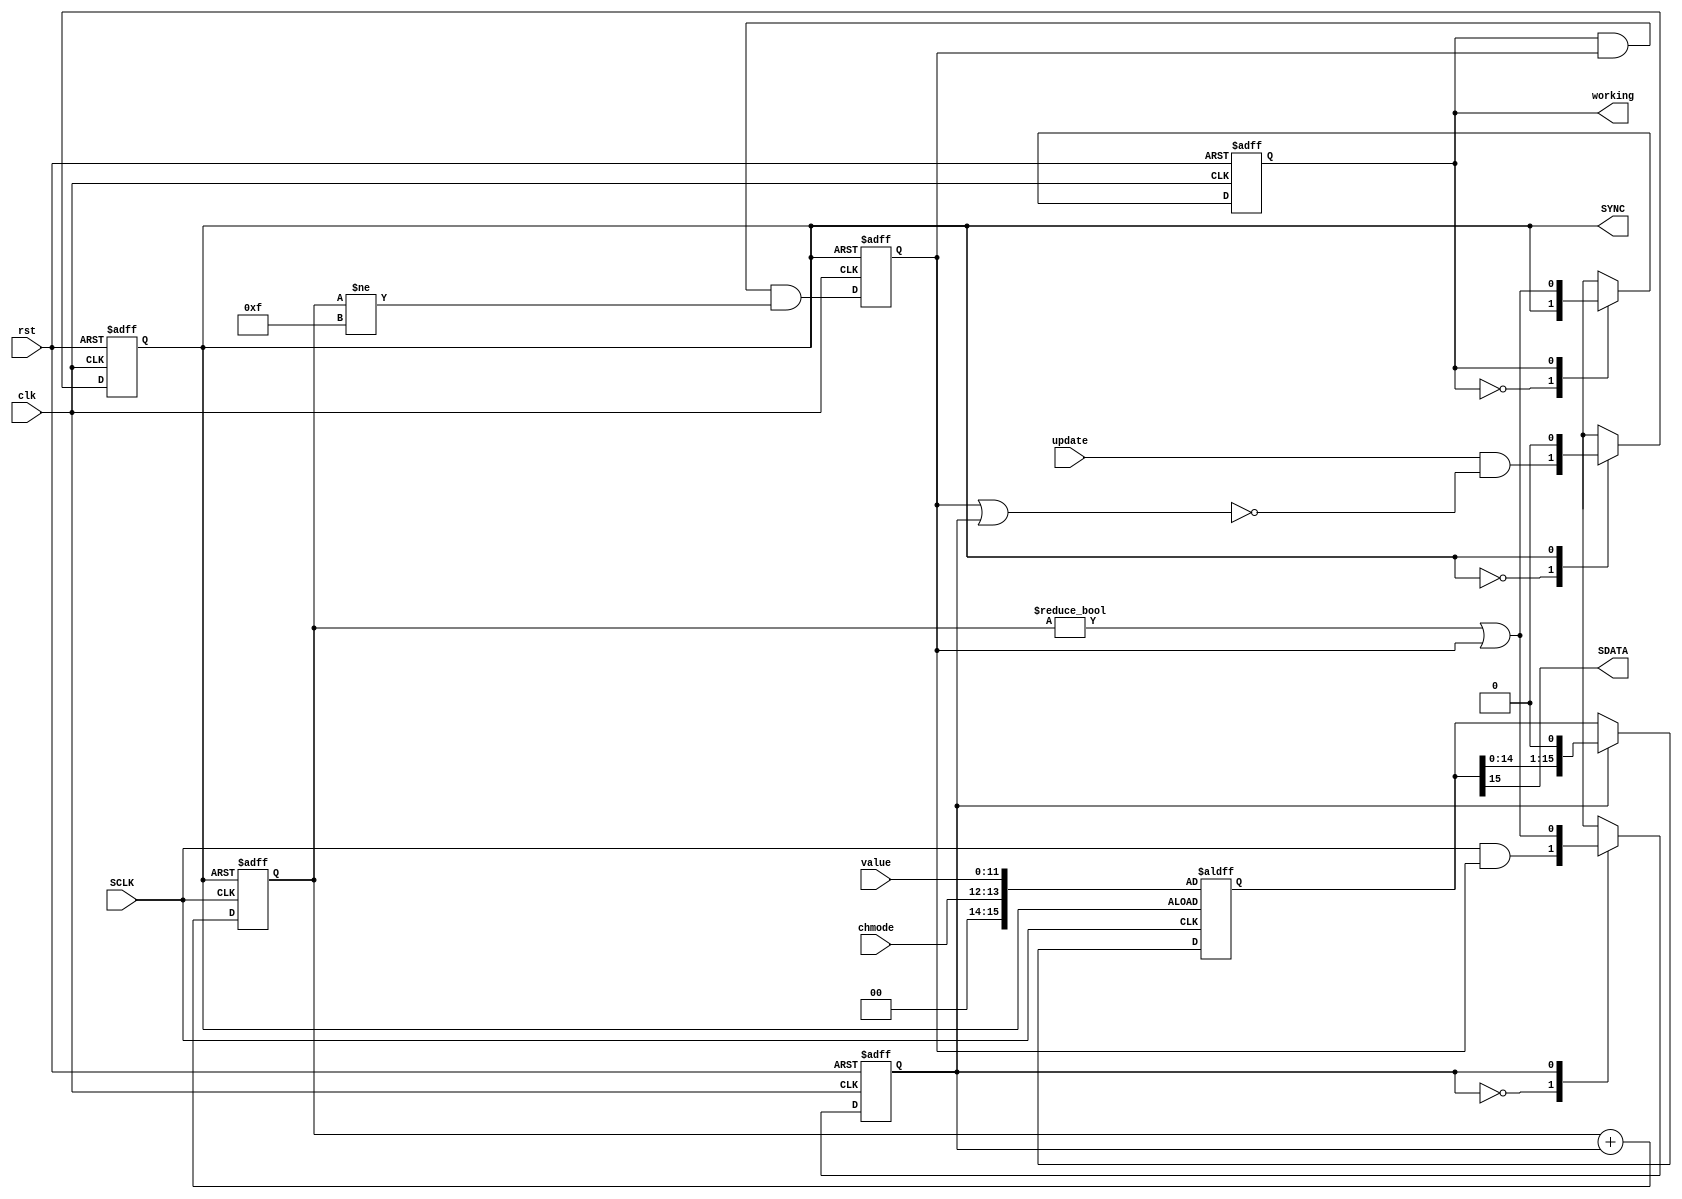
/* ------------------------------------------------ *
 * Title       : Pmod DA2 interface v1.2            *
 * Project     : Pmod DA2 interface                 *
 * ------------------------------------------------ *
 * Last Edit   : 27/05/2021                         *
 * Licence     : CERN-OHL-W                         *
 * ------------------------------------------------ *
 * Description : Simple interfaces to communicate   *
 *               with Pmod DA2                      *
 * ------------------------------------------------ *
 * Revisions                                        *
 *     v1      : Inital version                     *
 *     v1.1    : Module to generate update signal   *
 *               automatically with a change in     *
 *               value added                        *
 *     v1.2    : Module to use an external clock    *
 *               source and rename SCLK_en to       *
 *               working                            *
 * ------------------------------------------------ */

module da2(
  input clk,
  input rst,
  //Serial data line
  input SCLK,
  output SDATA,
  output reg SYNC,
  //Enable clock
  output reg working,
  //Output value and mode
  input [1:0] chmode,
  //Channel modes: 00 Enabled, Power off modes: 01 1kOhm, 10 100kOhm, 11 High-Z 
  input [11:0] value,
  //Control signals
  input update);
  reg count;
  reg contCount;
  reg [3:0] counter; //Count edges
  wire [15:0] SDATAbuff_cont;
  reg [15:0] SDATAbuff;

  //Handle SDATA buffer
  assign SDATAbuff_cont = {2'd0, chmode, value};
  assign SDATA = SDATAbuff[15];
  always@(posedge SCLK or posedge SYNC) begin
    if(SYNC) begin
      SDATAbuff <= SDATAbuff_cont;
    end else begin
      SDATAbuff <= (count) ? {SDATAbuff[14:0], 1'b0} : SDATAbuff;
    end
  end

  //count
  always@(posedge clk or posedge rst) begin
    if(rst) begin
      count <= 1'b0;
    end else case(count)
      1'b0: count <= SCLK & contCount;
      1'b1: count <= (counter != 4'd0) | contCount;
    endcase
  end
  
  //contCount
  always@(posedge clk or posedge SYNC) begin
    if(SYNC) begin
      contCount <= 1'b1;
    end else begin
      contCount <= working & contCount & (counter != 4'd15);
    end
  end
  
  //working
  always@(posedge clk or posedge rst) begin
    if(rst) begin
      working <= 1'b0;
    end else case(working)
      1'b0: working <= SYNC;
      1'b1: working <= (counter != 4'd0) | contCount;
    endcase
  end
  
  //SYNC
  always@(posedge clk or posedge rst) begin
    if(rst) begin
      SYNC <= 1'b0;
    end else case(SYNC)
      1'b0: SYNC <= update & ~(contCount | count);
      1'b1: SYNC <= 1'b0;
    endcase
  end
  
  //Count SCLK
  always@(negedge SCLK or posedge SYNC) begin
    if(SYNC) begin
      counter <= 4'd0;
    end else begin
      counter <= counter + {3'd0, count};
    end
  end 
endmodule//da2

module da2_dual(
  input clk,
  input rst,
  //Serial data line
  input SCLK,
  output [1:0] SDATA,
  output reg SYNC,
  //Enable clock
  output reg working,
  //Output value and mode
  input [1:0] chmode0,
  input [1:0] chmode1,
  //Channel modes: 00 Enabled, Power off modes: 01 1kOhm, 10 100kOhm, 11 High-Z 
  input [11:0] value0,
  input [11:0] value1,
  //Control signals
  input update);
  reg count;
  reg contCount;
  reg [3:0] counter; //Count edges
  wire [15:0] SDATAbuff_cont0, SDATAbuff_cont1;
  reg [15:0] SDATAbuff0, SDATAbuff1;

  //Handle SDATA buffer
  assign SDATAbuff_cont0 = {2'd0, chmode0, value0};
  assign SDATAbuff_cont1 = {2'd0, chmode1, value1};
  assign SDATA = {SDATAbuff1[15], SDATAbuff0[15]};
  always@(posedge SCLK or posedge SYNC) begin
    if(SYNC) begin
      SDATAbuff0 <= SDATAbuff_cont0;
      SDATAbuff1 <= SDATAbuff_cont1;
    end else begin
      SDATAbuff0 <= (count) ? {SDATAbuff0[14:0], 1'b0} : SDATAbuff0;
      SDATAbuff1 <= (count) ? {SDATAbuff1[14:0], 1'b0} : SDATAbuff1;
    end
  end

  //count
  always@(posedge clk or posedge rst) begin
    if(rst) begin
        count <= 1'b0;
    end else case(count)
      1'b0: count <= SCLK & contCount;
      1'b1:  count <= (counter != 4'd0) | contCount;
    endcase
  end
  
  //contCount
  always@(posedge clk or posedge SYNC) begin
    if(SYNC) begin
      contCount <= 1'b1;
    end else begin
      contCount <= working & contCount & (counter != 4'd15);
    end
  end
  
  
  //working
  always@(posedge clk or posedge rst) begin
    if(rst) begin
        working <= 1'b0;
    end else case(working)
      1'b0: working <= SYNC;
      1'b1: working <= (counter != 4'd0) | contCount;
    endcase
  end
  
  //SYNC
  always@(posedge clk or posedge rst) begin
    if(rst) begin
        SYNC <= 1'b0;
    end else case(SYNC)
      1'b0: SYNC <= update & ~(contCount | count);
      1'b1: SYNC <= 1'b0;
    endcase
  end
  
  //Count SCLK
  always@(negedge SCLK or posedge SYNC) begin
    if(SYNC) begin
      counter <= 4'd0;
    end else begin
      counter <= counter + {3'd0, count};
    end
  end 
endmodule//da2

module da2AutoUpdate(
  input clk,
  input rst,
  input SYNC,
  output update,
  input [1:0] chmode,
  input [11:0] value);
  reg [1:0] chmode_reg;
  reg [11:0] value_reg;

  assign update = (chmode != chmode_reg) | (value != value_reg);

  //Store values to compare
  always@(posedge SYNC or posedge rst) begin
    if(rst) begin
      chmode_reg <= 2'd0;
      value_reg <= 12'd0;
    end else begin
      chmode_reg <= chmode;
      value_reg <= value;
    end
  end
endmodule//da2AutoUpdate

module da2AutoUpdate_dual(
  input clk,
  input rst,
  input SYNC,
  output update,
  input [1:0] chmode0,
  input [1:0] chmode1,
  input [11:0] value0,
  input [11:0] value1);
  reg [1:0] chmode_reg0, chmode_reg1;
  reg [11:0] value_reg0, value_reg1;

  assign update = (chmode0 != chmode_reg0) | (value0 != value_reg0) | (chmode1 != chmode_reg1) | (value1 != value_reg1);

  //Store values to compare
  always@(posedge SYNC or posedge rst) begin
    if(rst) begin
      chmode_reg0 <= 2'd0;
      value_reg0 <= 12'd0;
      chmode_reg1 <= 2'd0;
      value_reg1 <= 12'd0;
    end else begin
      chmode_reg0 <= chmode0;
      value_reg0 <= value0;
      chmode_reg1 <= chmode1;
      value_reg1 <= value1;
    end
  end
endmodule//da2AutoUpdate

module da2ClkEn(
  input clk,
  input en,
  input ext_spi_clk,
  output SCLK);
  reg enabled;

  assign SCLK = (enabled) ? ext_spi_clk : 1'b0;

  always@(posedge clk) begin
    if(~en)
      enabled <= 1'b0;
    else
      enabled <= (enabled) ? 1'b1 : (~ext_spi_clk & en);
  end
endmodule

module clkDiv25en(
  input clk,
  input rst,
  input en,
  output reg SCLK);
  reg clk_m;

  //50 MHz
  always@(posedge clk) begin
    if(~en) begin
      clk_m <= 1'b0;
    end else begin
      clk_m <= ~clk_m;
    end
  end
  //25 MHz
  always@(posedge clk_m or negedge en) begin
    if(~en) begin
      SCLK <= 1'b0;
    end else begin
      SCLK <= ~SCLK;
    end
  end
endmodule//clkDiv25